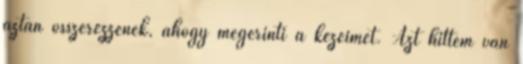
aztán összerezzenek, ahogy megérinti a kezeimet. Azt hittem van